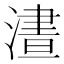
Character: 𣻱